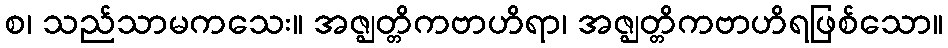
စ၊ သည်သာမကသေး။ အဇ္ဈတ္တိကဗာဟိရာ၊ အဇ္ဈတ္တိကဗာဟိရဖြစ်သော။